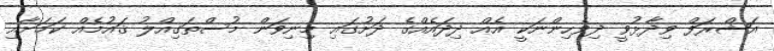
އަޝްރަފް ވިދާޅުވީ ދިވެހިންނަކީ އެއް ދިދައެއްގެ ދަށުގައި މިނިވަން މުސްތަގިއްލު ޤައުމެއް ކަމަށާއި